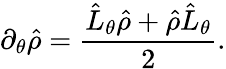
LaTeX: \partial_{\theta}\hat{\rho}=\frac{\hat{L}_{\theta}\hat{\rho}+\hat{\rho}\hat{L}_{\theta}}{2}.